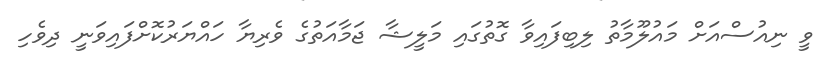
ވީ ނިއުސްއަށް މައުލޫމާތު ލިބިފައިވާ ގޮތުގައި މަލީޝާ ޖަމާއަތުގެ ވެރިޔާ ހައްޔަރުކޮށްފައިވަނީ ދިވެހި